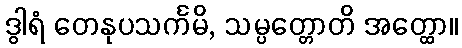
ဒွါရံ တေနုပသင်္ကမိ, သမ္ပတ္တောတိ အတ္ထော။